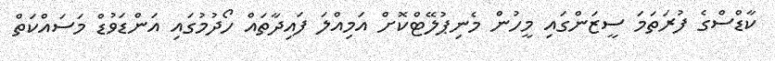
ކާޑްްސްގެ ފުރަތަމަ ސީޒަންގައި މީހުން މެނިޕުލޭޓްކޮށް އަމިއްލަ ފައިދާތައް ހޯދުމުގައި އަންޑަވުޑް މަސައްކަތް